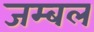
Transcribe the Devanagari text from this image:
जम्‍बल